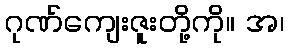
ဂုဏ်ကျေးဇူးတို့ကို။ အ၊